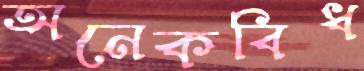
অনেকবিধ